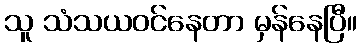
သူ သံသယဝင်နေတာ မှန်နေပြီ။